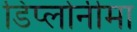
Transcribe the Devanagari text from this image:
डिप्लोनीमा